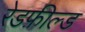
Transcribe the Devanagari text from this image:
रेडफ़ील्ड